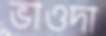
ভাওদা